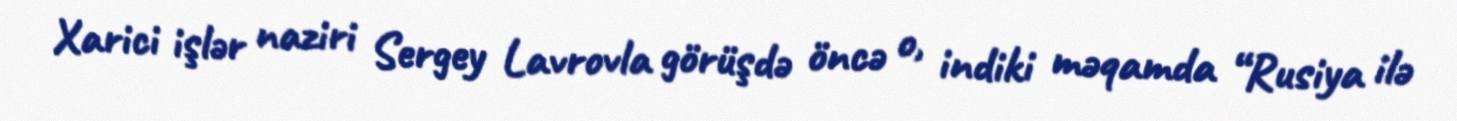
Xarici işlər naziri Sergey Lavrovla görüşdə öncə o, indiki məqamda “Rusiya ilə